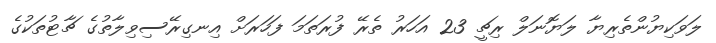
ލަވަކިޔުންތެރިޔާ ލަޔޮނަލް ރިޗީ 23 އަހަރު ތެރޭ ފުރަތަމަ ފަހަރަށް އިނގިރޭސިވިލާތުގެ ޗާޓުތަކުގެ